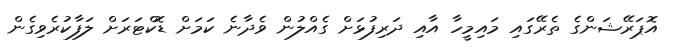
އޮޕަރޭޝަންގެ ތެރޭގައި މައިމީހާ އާއި ދަރިފުޅަށް ގެއްލުން ވެދާނެ ކަމަށް ޑޮކްޓަރަށް ލަފާކުރެވިގެން